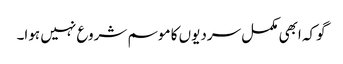
گوکہ ابھی مکمل سردیوں کا موسم شروع نہیں ہوا۔